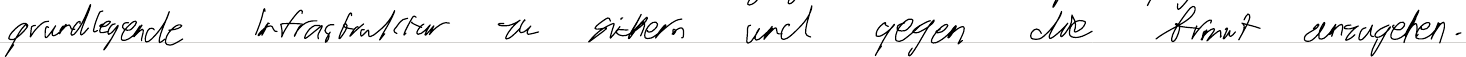
grundlegende Infrastruktur zu sichern und gegen die Armut anzugehen.